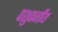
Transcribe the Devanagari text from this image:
पशुवर्गीय